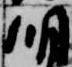
明